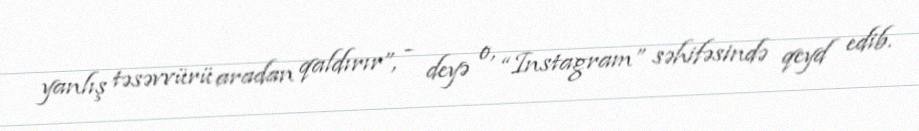
yanlış təsəvvürü aradan qaldırır”, - deyə o, “Instagram” səhifəsində qeyd edib.